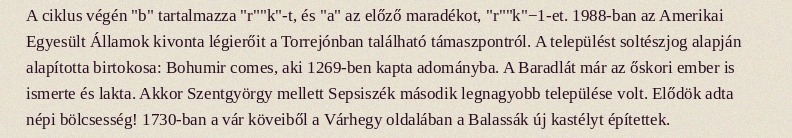
A ciklus végén "b" tartalmazza "r""k"-t, és "a" az előző maradékot, "r""k"−1-et. 1988-ban az Amerikai Egyesült Államok kivonta légierőit a Torrejónban található támaszpontról. A települést soltészjog alapján alapította birtokosa: Bohumir comes, aki 1269-ben kapta adományba. A Baradlát már az őskori ember is ismerte és lakta. Akkor Szentgyörgy mellett Sepsiszék második legnagyobb települése volt. Elődök adta népi bölcsesség! 1730-ban a vár köveiből a Várhegy oldalában a Balassák új kastélyt építettek.